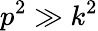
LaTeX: p^{2}\gg k^{2}